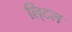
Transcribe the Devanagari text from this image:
लि्टल